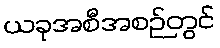
ယခုအစီအစဉ်တွင်